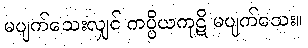
မပျက်သေးလျှင် ကပ္ပိယကုဋိ မပျက်သေး။